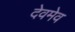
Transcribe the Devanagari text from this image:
देवमेव